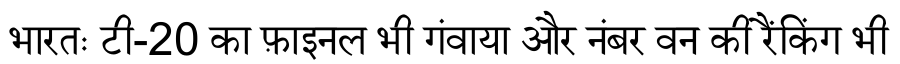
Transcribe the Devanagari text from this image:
भारतः टी-20 का फ़ाइनल भी गंवाया और नंबर वन की रैंकिंग भी